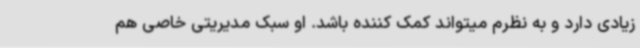
زیادی دارد و به نظرم میتواند کمک کننده باشد. او سبک مدیریتی خاصی هم